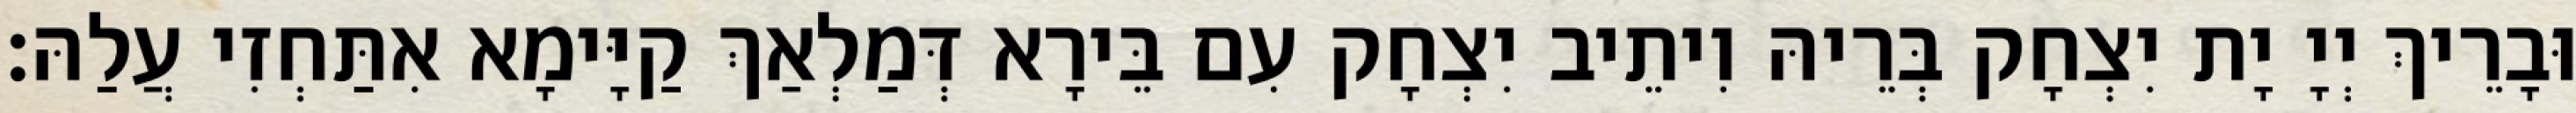
וּבָרֵיךְ יְיָ יָת יִצְחָק בְּרֵיהּ וִיתֵיב יִצְחָק עִם בֵּירָא דְּמַלְאַךְ קַיָּימָא אִתַּחְזִי עֲלַהּ׃